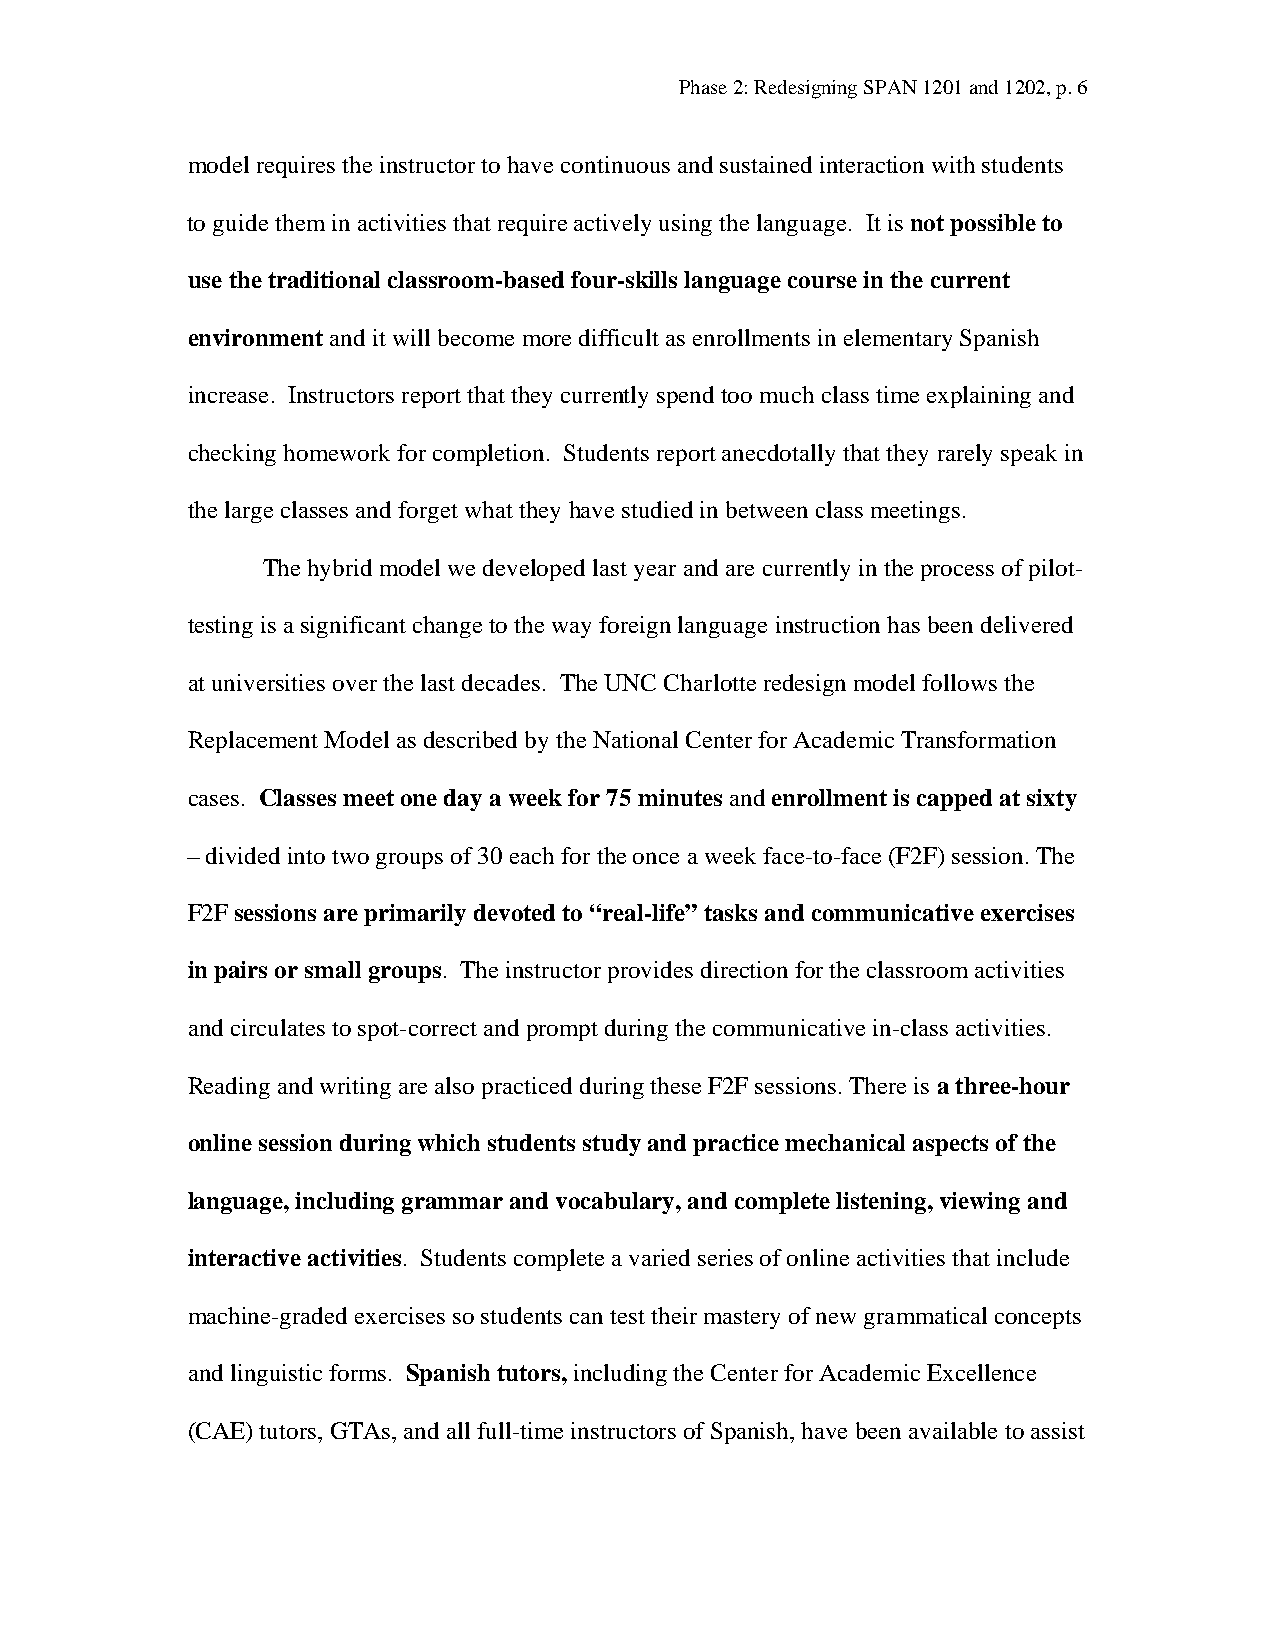
Phase 2: Redesigning SPAN 1201 and 1202, p. 6
 model requires the instructor to have continuous and sustained interaction with students
 to guide them in activities that require actively using the language. It is not possible to
 use the traditional classroom-based four-skills language course in the current
 environment and it will become more difficult as enrollments in elementary Spanish
 increase. Instructors report that they currently spend too much class time explaining and
 checking homework for completion. Students report anecdotally that they rarely speak in
 the large classes and forget what they have studied in between class meetings.
 The hybrid model we developed last year and are currently in the process of pilot-
 testing is a significant change to the way foreign language instruction has been delivered
 at universities over the last decades. The UNC Charlotte redesign model follows the
 Replacement Model as described by the National Center for Academic Transformation
 cases. Classes meet one day a week for 75 minutes and enrollment is capped at sixty
 – divided into two groups of 30 each for the once a week face-to-face (F2F) session. The
 F2F sessions are primarily devoted to “real-life” tasks and communicative exercises
 in pairs or small groups. The instructor provides direction for the classroom activities
 and circulates to spot-correct and prompt during the communicative in-class activities.
 Reading and writing are also practiced during these F2F sessions. There is a three-hour
 online session during which students study and practice mechanical aspects of the
 language, including grammar and vocabulary, and complete listening, viewing and
 interactive activities. Students complete a varied series of online activities that include
 machine-graded exercises so students can test their mastery of new grammatical concepts
 and linguistic forms. Spanish tutors, including the Center for Academic Excellence
 (CAE) tutors, GTAs, and all full-time instructors of Spanish, have been available to assist